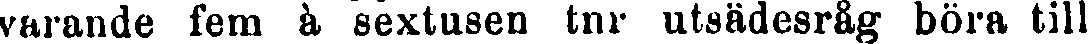
varande fem à sextusen tnr utsädesråg böra till